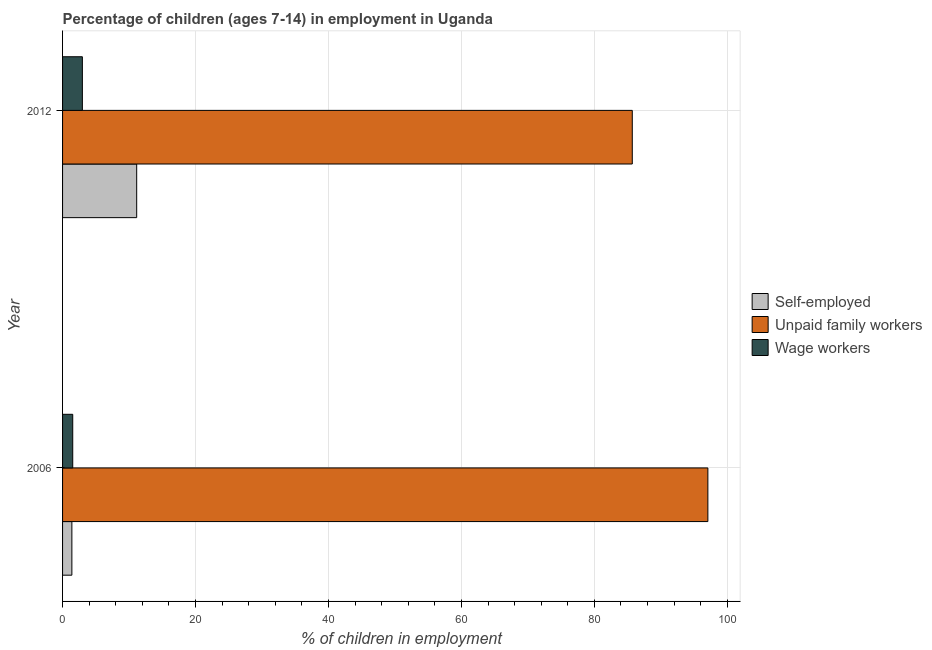
| Year | Self-employed | Unpaid family workers | Wage workers |
 | --- | --- | --- | --- |
 | 2006 | 1.4 | 97.1 | 1.53 |
 | 2012 | 11.2 | 85.7 | 2.98 |